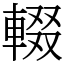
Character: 輟